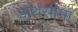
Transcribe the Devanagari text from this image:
अर्थसीमा